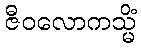
ဇီဝလောကသ္မိံ